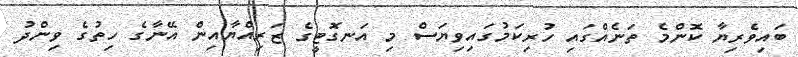
ބައިވެރިޔާ ކޮންމެ ތަނެއްގައި ހުރިކަމުގައިވިޔަސް މި އަނގޮޓީގެ ޒަރިއްޔާއިން އޭނާގެ ހިތުގެ ވިންދު